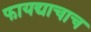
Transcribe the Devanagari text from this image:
फायद्याचाच